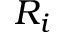
R _ { i }